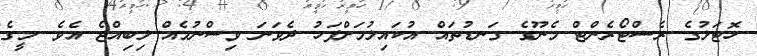
ހޮޓަލުގެ ރެސްޓޯރެންޓް މެނޫގެ ގަނޑުތައް އުކައިލުމަށްފަހު ދެވަނަ ވިސްނުމެއް ލިބިއްޖެ އެވެ. މީގެ